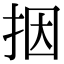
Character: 㧢